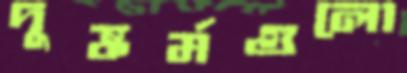
দুষ্কর্মগুলো